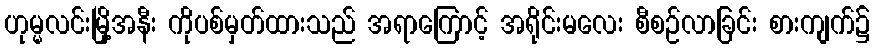
ဟုမ္မလင်းမြို့အနီး ကိုပစ်မှတ်ထားသည် အရာကြောင့် အရိုင်းမလေး စီစဉ်လာခြင်း စားကျက်၌